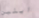
ايلين